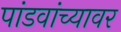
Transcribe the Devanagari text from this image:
पांडवांच्यावर